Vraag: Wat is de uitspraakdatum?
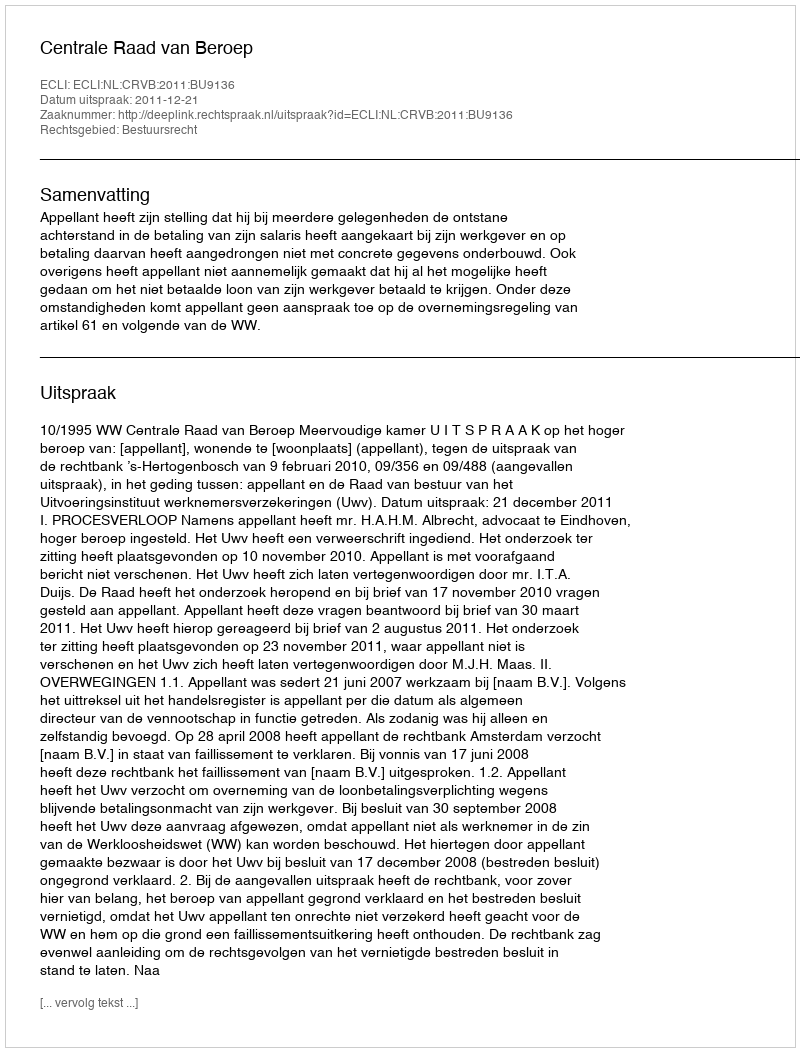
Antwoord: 2011-12-21